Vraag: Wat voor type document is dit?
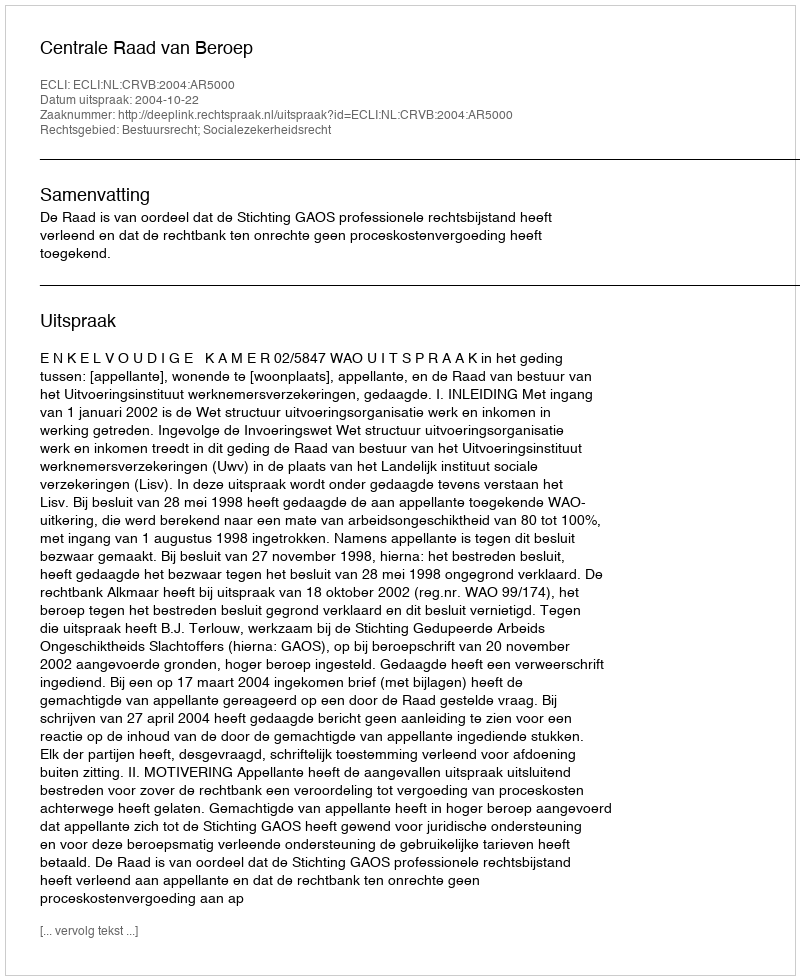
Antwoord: Uitspraak